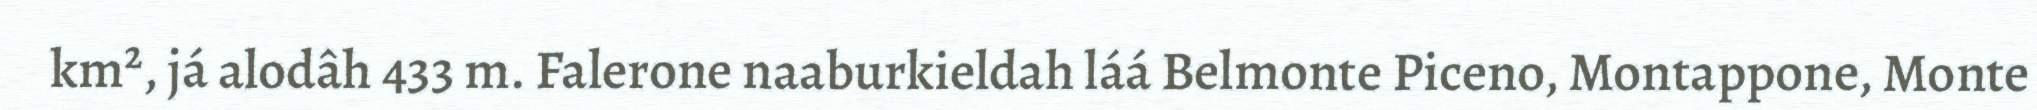
km², já alodâh 433 m. Falerone naaburkieldah láá Belmonte Piceno, Montappone, Monte